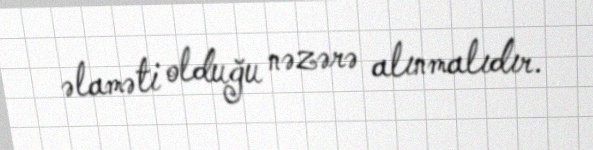
əlaməti olduğu nəzərə alınmalıdır.